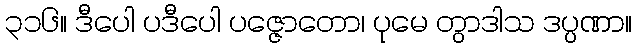
၃၁၆။ ဒီပေါ ပဒီပေါ ပဇ္ဇောတော၊ ပုမေ တွာဒါသ ဒပ္ပဏာ။